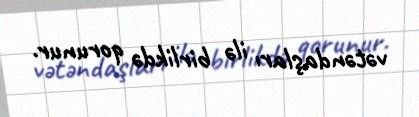
vətəndaşları ilə birlikdə qorunur.